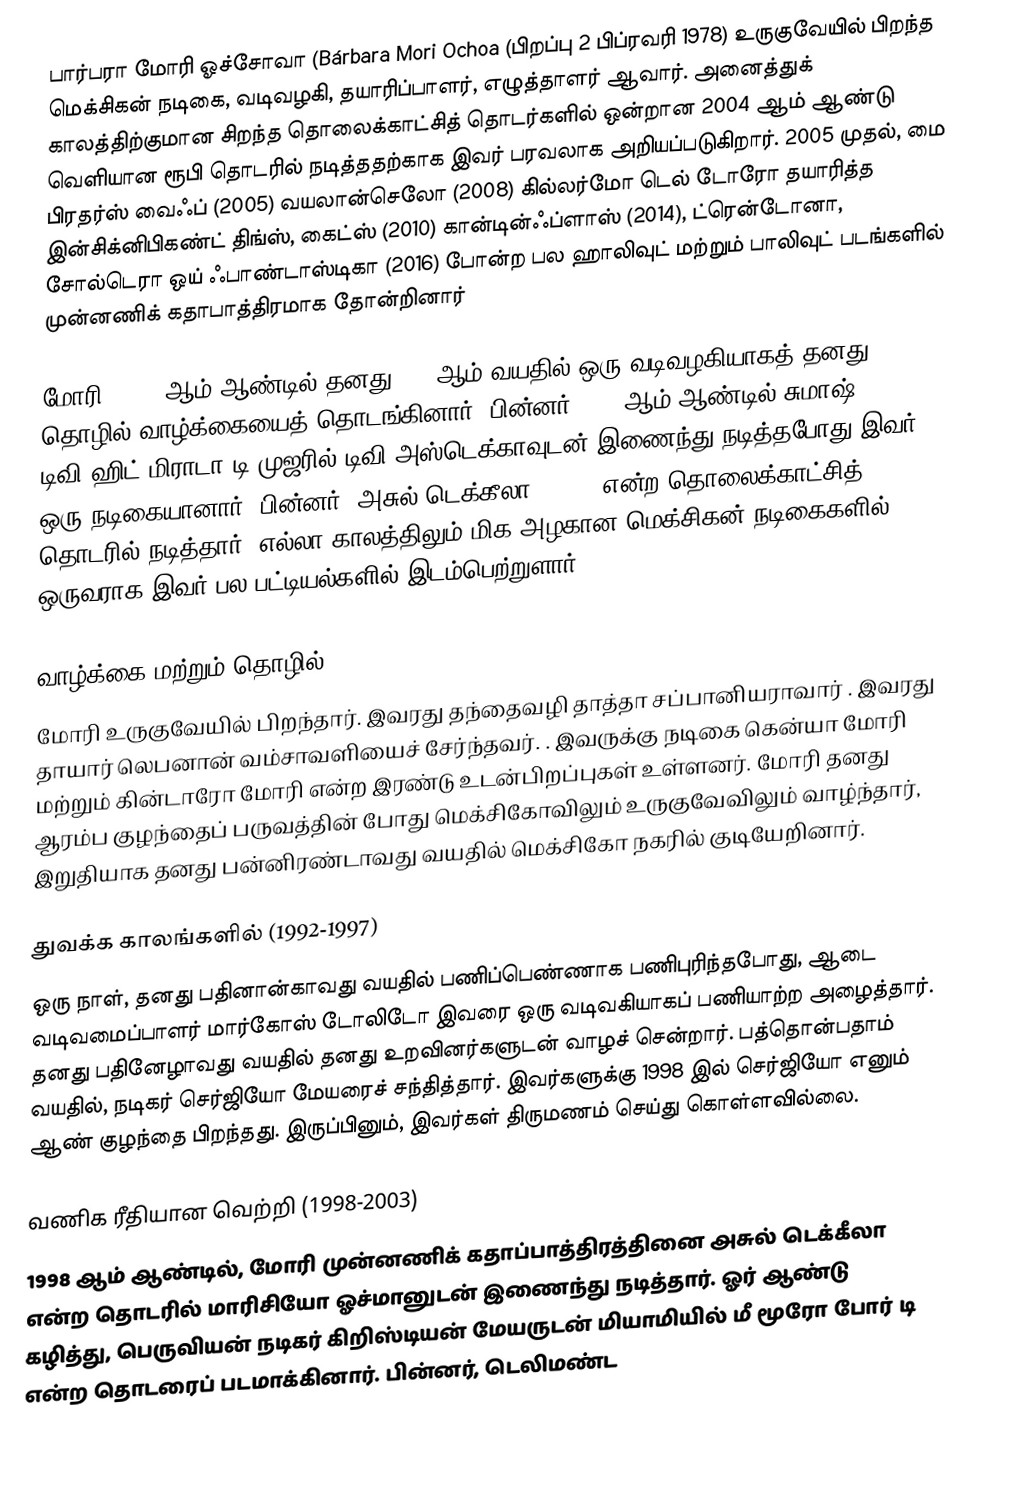
பார்பரா மோரி ஓச்சோவா (Bárbara Mori Ochoa (பிறப்பு 2 பிப்ரவரி 1978) உருகுவேயில் பிறந்த மெக்சிகன் நடிகை, வடிவழகி, தயாரிப்பாளர், எழுத்தாளர் ஆவார். அனைத்துக் காலத்திற்குமான சிறந்த தொலைக்காட்சித் தொடர்களில் ஒன்றான 2004 ஆம் ஆண்டு வெளியான ரூபி தொடரில் நடித்ததற்காக இவர் பரவலாக அறியப்படுகிறார். 2005 முதல், மை பிரதர்ஸ் வைஃப் (2005) வயலான்செலோ (2008) கில்லர்மோ டெல் டோரோ தயாரித்த இன்சிக்னிபிகண்ட் திங்ஸ், கைட்ஸ் (2010) கான்டின்ஃப்ளாஸ் (2014), ட்ரென்டோனா, சோல்டெரா ஒய் ஃபாண்டாஸ்டிகா (2016) போன்ற பல ஹாலிவுட் மற்றும் பாலிவுட் படங்களில் முன்னணிக் கதாபாத்திரமாக தோன்றினார்

மோரி 1992- ஆம் ஆண்டில் தனது 14- ஆம் வயதில் ஒரு  வடிவழகியாகத்  தனது தொழில் வாழ்க்கையைத் தொடங்கினார், பின்னர் 1997 ஆம் ஆண்டில் சுமாஷ் டிவி-ஹிட் மிராடா டி முஜரில் டிவி அஸ்டெக்காவுடன் இணைந்து நடித்தபோது இவர் ஒரு நடிகையானார், பின்னர், அசுல் டெக்கீலா (1998) என்ற தொலைக்காட்சித் தொடரில் நடித்தார். எல்லா காலத்திலும் மிக அழகான மெக்சிகன் நடிகைகளில் ஒருவராக இவர் பல பட்டியல்களில் இடம்பெற்றுளார்.

வாழ்க்கை மற்றும் தொழில்
மோரி உருகுவேயில் பிறந்தார். இவரது தந்தைவழி தாத்தா சப்பானியராவார் . இவரது தாயார் லெபனான் வம்சாவளியைச் சேர்ந்தவர். . இவருக்கு நடிகை கென்யா மோரி மற்றும் கின்டாரோ மோரி என்ற இரண்டு உடன்பிறப்புகள் உள்ளனர். மோரி தனது ஆரம்ப குழந்தைப் பருவத்தின் போது மெக்சிகோவிலும் உருகுவேவிலும் வாழ்ந்தார், இறுதியாக தனது பன்னிரண்டாவது வயதில் மெக்சிகோ நகரில் குடியேறினார்.

துவக்க காலங்களில் (1992-1997)
ஒரு நாள், தனது பதினான்காவது வயதில் பணிப்பெண்ணாக பணிபுரிந்தபோது, ஆடை வடிவமைப்பாளர் மார்கோஸ் டோலிடோ இவரை ஒரு  வடிவகியாகப் பணியாற்ற அழைத்தார்.  தனது பதினேழாவது வயதில் தனது உறவினர்களுடன் வாழச் சென்றார். பத்தொன்பதாம் வயதில், நடிகர் செர்ஜியோ மேயரைச் சந்தித்தார். இவர்களுக்கு  1998 இல் செர்ஜியோ எனும் ஆண் குழந்தை பிறந்தது. இருப்பினும், இவர்கள் திருமணம் செய்து கொள்ளவில்லை.

வணிக ரீதியான வெற்றி (1998-2003)
1998 ஆம் ஆண்டில், மோரி முன்னணிக் கதாப்பாத்திரத்தினை அசுல் டெக்கீலா என்ற தொடரில் மாரிசியோ ஓச்மானுடன் இணைந்து நடித்தார். ஓர் ஆண்டு கழித்து, பெருவியன் நடிகர் கிறிஸ்டியன் மேயருடன் மியாமியில் மீ மூரோ போர் டி என்ற தொடரைப் படமாக்கினார். பின்னர், டெலிமண்ட